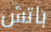
باتش